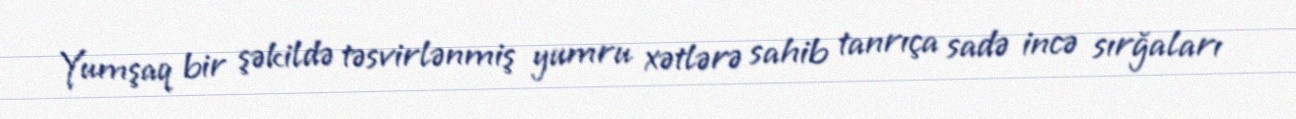
Yumşaq bir şəkildə təsvirlənmiş yumru xətlərə sahib tanrıça sadə incə sırğaları